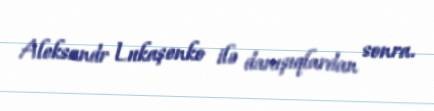
Aleksandr Lukaşenko ilə danışıqlardan sonra.